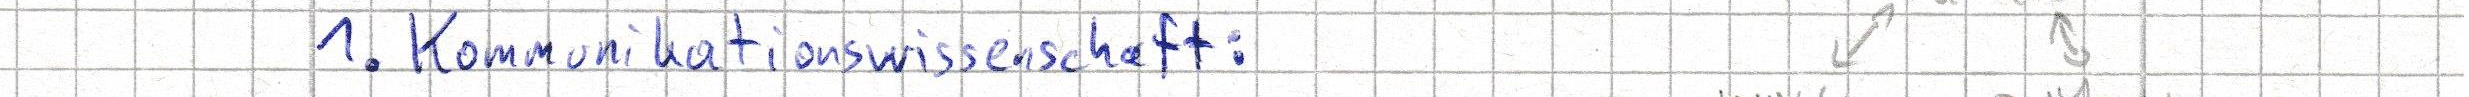
1. Kommunikationswissenschaft: